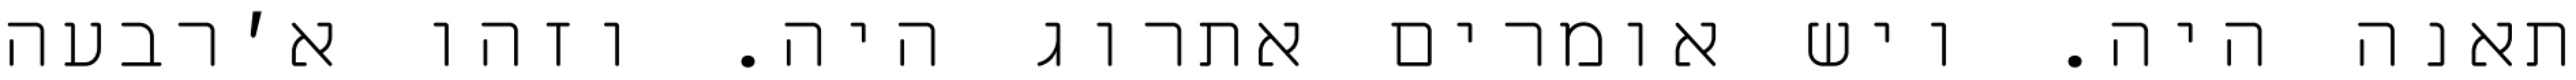
תאנה היה. ויש אומרים אתרוג היה. וזהו א׳רבעה